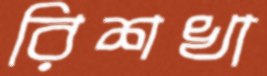
রিশখা